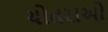
ચોતરાઓ